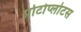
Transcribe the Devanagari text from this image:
प्रोटोप्लोटस